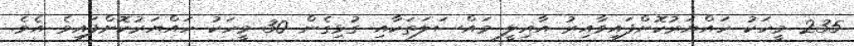
235 މީހަކު ހައްޔަރުކޮށްފައިވާއިރު އާއިލީ މައްސަލަތަކާއި ގުޅިގެން 30 މީހަކު ހައްޔަރުކޮށްފައިވެ އެވެ.